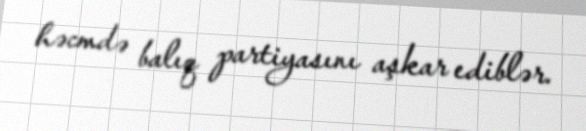
həcmdə balıq partiyasını aşkar ediblər.